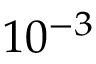
1 0 ^ { - 3 }